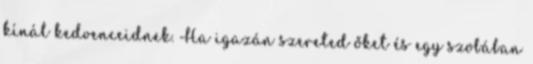
kínál kedvenceidnek. Ha igazán szereted őket és egy szobában